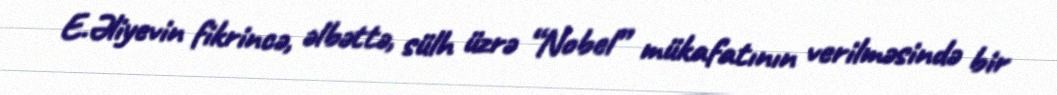
E.Əliyevin fikrincə, əlbəttə, sülh üzrə “Nobel” mükafatının verilməsində bir